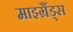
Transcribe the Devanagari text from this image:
माइग्रैंड्स